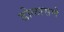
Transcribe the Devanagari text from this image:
डोळासणे